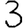
Digit: 3